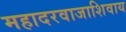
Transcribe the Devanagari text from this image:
महादरवाजाशिवाय